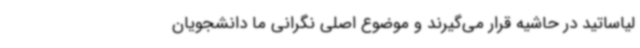
لیاساتید در حاشیه قرار می‌گیرند و موضوع اصلی نگرانی ما دانشجویان